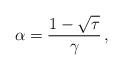
LaTeX: \begin{align*}\alpha = \frac{1 - \sqrt{\tau}}{\gamma}\,, \end{align*}